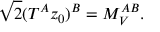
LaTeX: \sqrt { 2 } ( T ^ { A } z _ { 0 } ) ^ { B } = M _ { V } ^ { A B } .